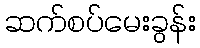
ဆက်စပ်မေးခွန်း